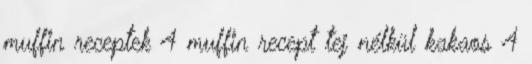
muffin receptek 4 muffin recept tej nélkül kakaos 4